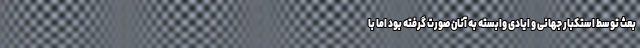
بعث توسط استکبار جهانی و ایادی وابسته به آنان صورت گرفته بود اما با